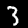
Digit: 3